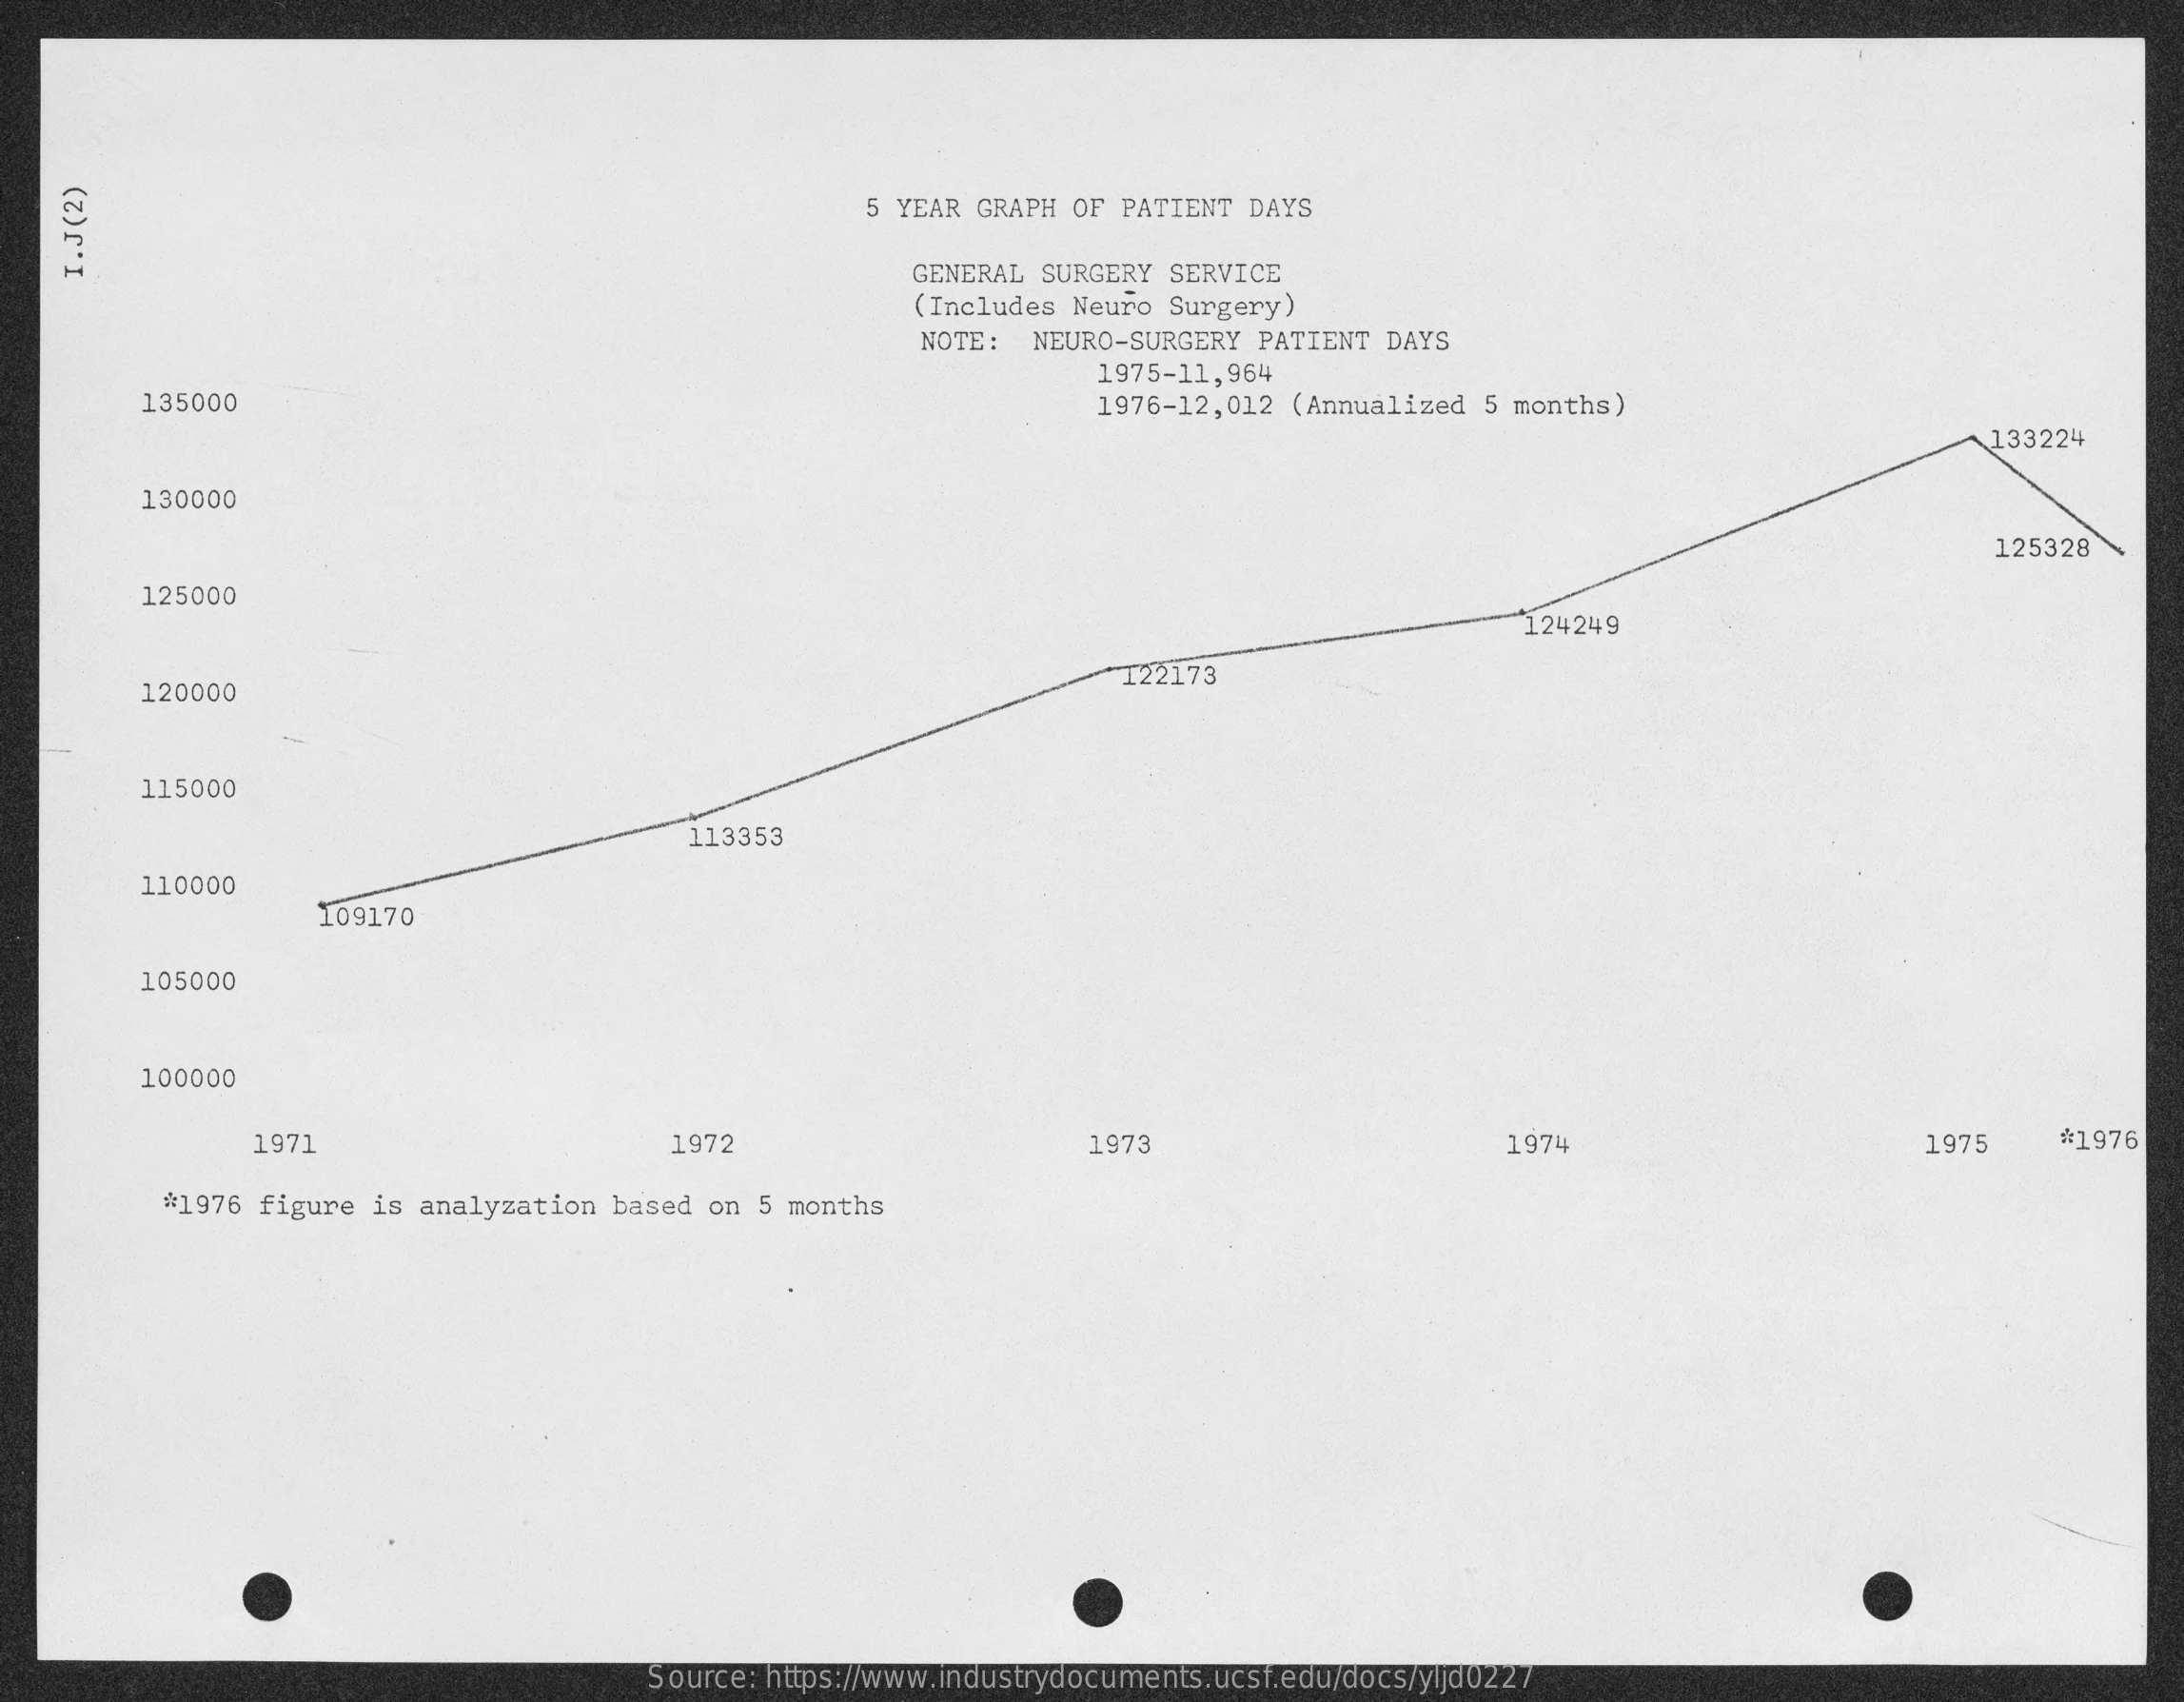
5 YEAR GRAPH OF  PATIENT DAYS
     GENERAL SURGERY  SERVICE
    I.J(2)
     (Includes Neuro  Surgery)
     NOTE:   NEURO-SURGERY  PATIENT DAYS
     1975-11,964
     135000    1976-12,012  (Annualized  5 months)
     133224
     130000
     125328
     125000
     124249
     120000
     I22173
     115000
     113353
     110000
     109170
     105000
     100000
     1971    1972    1973    1974    1975    *1976
     #1976 figure  is analyzation  based on  5 months
     Source: https://www.industrydocuments.ucsf.edu/docs/yljd0227